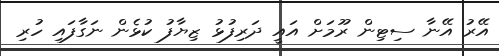
އޭރު އޭނާ ސިޓިން ރޫމަށް އައީ ދަރިފުޅު ޒިޔާފު ކުޅެން ނަގާފައި ހުރި